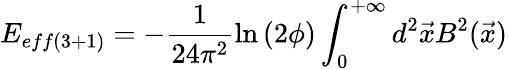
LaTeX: E_{eff(3+1)}=-\frac{1}{24\pi^{2}}\ln\left(2\phi\right)\int_{0}^{+\infty}d^{2}\vec{x}B^{2}(\vec{x})